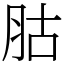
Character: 𦙶